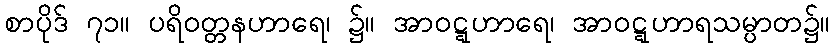
စာပိုဒ် ၇၁။ ပရိဝတ္တနဟာရေ၊ ၌။ အာဝဋ္ဋဟာရေ၊ အာဝဋ္ဋဟာရသမ္ပာတ၌။